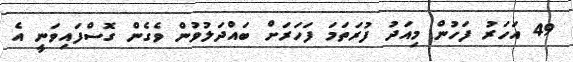
49 އަހަރު ފަހުން މިއަދު ފުރަތަމަ ފަހަރަށް ބައްދަލުވުން ވެގެން ގޮސްފައިވަނީ އެ